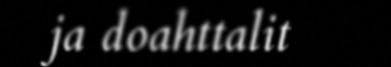
ja doahttalit